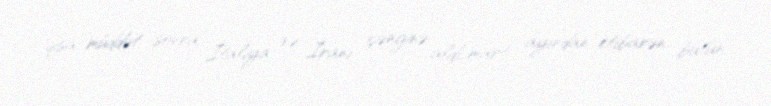
qısa müddət sonra İtaliya və İranı çənginə aldı, mart ayından etibarən bütün